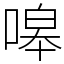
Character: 嗥